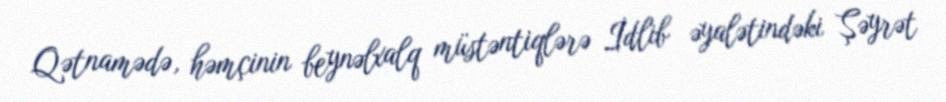
Qətnamədə, həmçinin beynəlxalq müstəntiqlərə İdlib əyalətindəki Şəyrət